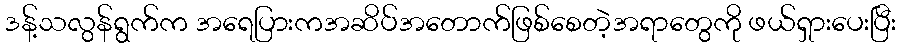
ဒန့်သလွန်ရွက်က အရေပြားကအဆိပ်အတောက်ဖြစ်စေတဲ့အရာတွေကို ဖယ်ရှားပေးပြီး